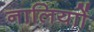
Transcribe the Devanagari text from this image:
नालियाों